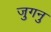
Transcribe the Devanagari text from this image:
जुगनु